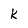
Character: k